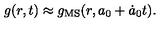
g ( r , t ) \approx g _ { \mathrm { M S } } ( r , a _ { 0 } + \dot { a } _ { 0 } t ) .